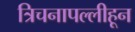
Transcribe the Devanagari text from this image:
त्रिचनापल्लीहून